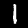
Label: 1